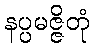
နပ္ပမဇ္ဇိတုံ